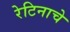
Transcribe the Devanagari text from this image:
रेटिनाचे